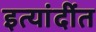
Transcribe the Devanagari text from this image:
इत्यांदींत